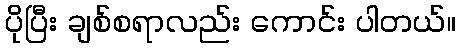
ပိုပြီး ချစ်စရာလည်း ကောင်း ပါတယ်။